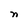
Character: n